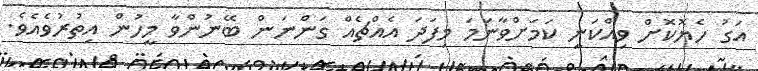
އަގު ހެޔޮކޮށް ވިއްކަނީ ކަމަށްވާނަމަ މިފަދަ އެއްޗެއް ގަންނަން ބޭނުންވާ މީހުން އިތުރުވެއެވެ.